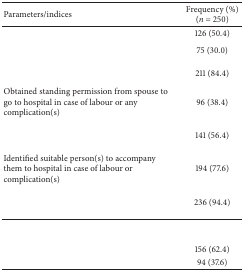
<table><thead><tr><td><b>Parameters/indices</b></td><td><b>Frequency (%)(<i>n</i> = 250)</b></td></tr></thead><tbody><tr><td>[EMPTY_CELL]</td><td>126 (50.4)</td></tr><tr><td>[EMPTY_CELL]</td><td>75 (30.0)</td></tr><tr><td>[EMPTY_CELL]</td><td>211 (84.4)</td></tr><tr><td>Obtained standing permission from spouse to go to hospital in case of labour or any complication(s)</td><td>96 (38.4)</td></tr><tr><td>[EMPTY_CELL]</td><td>141 (56.4)</td></tr><tr><td>Identified suitable person(s) to accompany them to hospital in case of labour or complication(s)</td><td>194 (77.6)</td></tr><tr><td>[EMPTY_CELL]</td><td>236 (94.4)</td></tr><tr><td>[EMPTY_CELL]</td><td>[EMPTY_CELL]</td></tr><tr><td>[EMPTY_CELL]</td><td>156 (62.4)</td></tr><tr><td>[EMPTY_CELL]</td><td>94 (37.6)</td></tr></tbody></table>